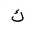
Letter: _kaf